Annual report of the Punjab Veterinary College and of the Civil Veterinary Department, Punjab - 1894-1908
Year: 1894
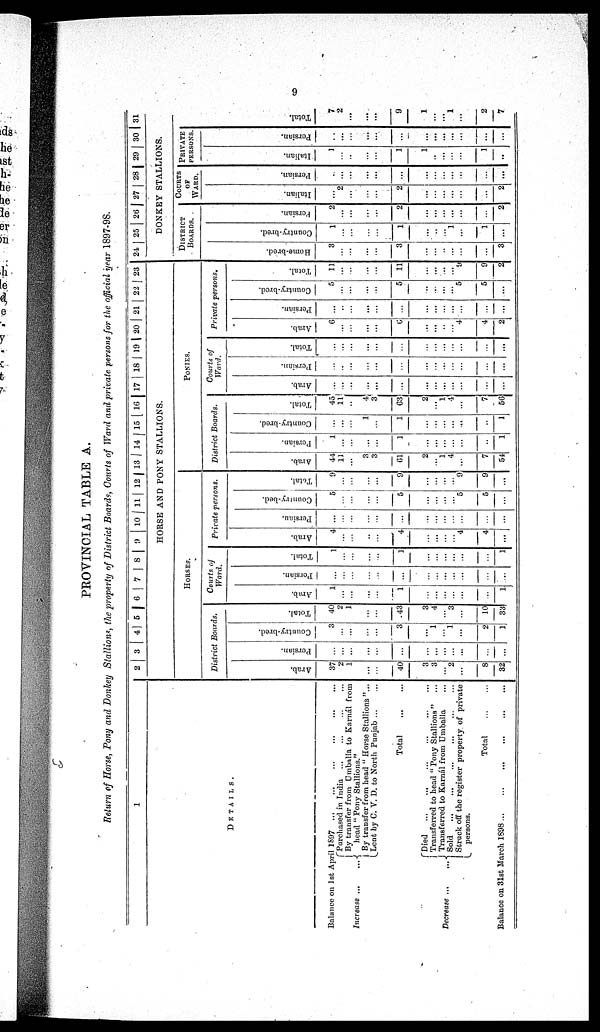
9
PROVINCIAL TABLE A.
Return of Horse, Pony and Donkey Stallions, the property of District Boards, Courts of Ward and private persons for the official year 1897-98.
1
DETAILS.
Balance on 1st April 1897 ... ... ...
Increase ...
Purchased in India ... ... ... ...
By transfer from Umballa to Karnál from
...
head " Pony Stallions."
By transfer from head " Horse Stallions"...
Lent by C. V. D. to North Punjab ... ...
Total ... ...
Decrease ... ...
Died
...
...
...
...
...
...
Transferred to head " Pony Stallions" ...
Transferred to Karnál from Umballa ...
Sold ... ... ... ... ... ...
Struck off the register property of private
persons.
Total
...
...
Balance on 31st March
1898
...
...
...
...
...
...
2
3
4 5
6 7 8 9
10 1 1 12 13 14 15 16 17 18 19 20 21 22 23
HORSE AND PONY STALLIONS.
HORSES.
District Boards.
Arab.
37
2
1
...
...
40
3
3
... 2
...
8
32
Persian.
...
...
...
...
...
...
...
...
...
..
...
...
...
Country-bred.
3
...
...
...
...
3
...
1
...
1
...
2
1
Total.
40
2
1
...
...
43
3
4
...
3
...
10
33
Courts of
Ward.
Arab.
1
...
...
...
...
1
...
...
...
...
...
...
1
Persian.
...
...
...
...
...
...
...
...
...
...
...
...
...
...
Total.
1
...
...
...
...
1
...
...
...
...
...
...
1
Private persons.
Arab.
4
...
...
...
...
4
...
...
...
4
4
...
Persian.
...
...
...
...
...
...
...
...
...
...
...
...
Country-bed.
5
...
...
...
...
5
...
...
...
5
5
...
Total.
9
...
...
...
...
9
...
...
...
9
9
...
PONIES.
District Boards.
Arab.
44
11
...
3
3
61
2
...
1
4
...
7
54
Persian.
1
...
...
...
...
1
...
...
...
...
...
...
1
Country-bred.
...
...
...
1
...
1
...
...
...
...
...
...
1
Total.
45
11
...
4
3
63
2
...
1
4
...
7
56
Courts of
Ward.
Arab.
...
...
...
...
...
...
...
...
..
...
...
...
...
Persian.
...
...
...
...
...
...
...
...
...
...
...
...
Total.
...
...
...
...
...
...
...
...
...
...
...
...
Private persons.
Arab.
6
...
...
...
...
6
...
...
...
...
4
4
2
Persian.
...
...
...
...
...
...
...
...
...
...
...
...
...
Country-bred.
5
...
...
...
...
5
...
...
...
...
5
5
...
Total.
11
...
...
...
...
11
...
...
...
...
9
9
2
24 25 26 27 28 I 29 30 31
DONKEY STALLIONS.
DISTRICT
BOARDS.
Ho me -
b r
e d .
3
...
...
...
...
3
...
...
...
...
...
...
3
Count r
y- br e d.
1
...
...
...
...
1
...
...
1
...
...
1
...
Per s i
an.
2
...
...
...
...
2
...
...
...
...
...
...
2
COURTS
OF
WARD.
I t al i an.
...
2
...
...
...
2
...
...
...
...
...
...
2
Per s i
an.
...
...
...
...
...
...
...
...
...
...
...
...
...
PRIVATE
PERSONS.
Italian.
1
...
...
...
...
1
1
...
1
...
...
1
..
Per s i
an.
...
...
...
...
...
...
...
...
...
...
...
...
...
Total.
7
2
...
...
...
9
1
...
1
...
...
2
7